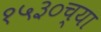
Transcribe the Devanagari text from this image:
१५३०च्या